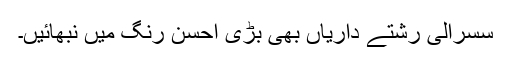
سسرالی رشتے داریاں بھی بڑی احسن رنگ میں نبھائیں۔